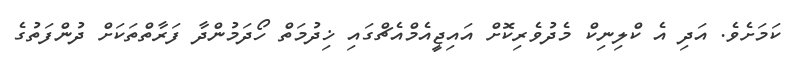
ކަމަށެވެ. އަދި އެ ކްލިނިކް މެދުވެރިކޮށް އައިޖީއެމްއެޗްގައި ޚިދުމަތް ހޯދަމުންދާ ފަރާތްތަކަށް ދުންފަތުގެ